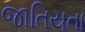
જાતિયતા